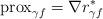
LaTeX: \begin{align*}{\rm{prox}}_{\gamma f} = \nabla r_{\gamma f}^*\end{align*}